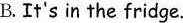
B. It's in the fridge.